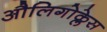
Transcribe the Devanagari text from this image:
औलिगोक्लेस